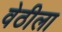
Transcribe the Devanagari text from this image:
वेठीला